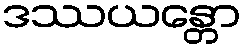
ဒဿယန္တော